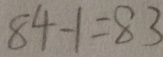
8 4 - 1 = 8 3